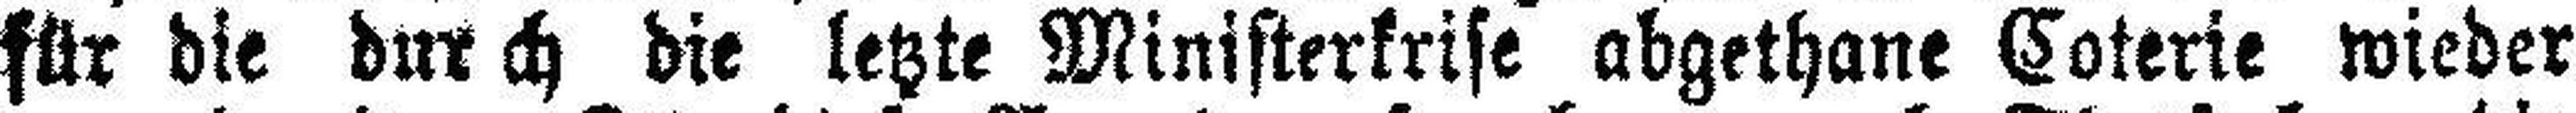
für die durch die letzte Ministerkrise abgethane Coterie wieder